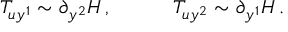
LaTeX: T _ { u y ^ { 1 } } \sim \partial _ { y ^ { 2 } } H \, , \quad \quad \quad T _ { u y ^ { 2 } } \sim \partial _ { y ^ { 1 } } H \, .